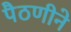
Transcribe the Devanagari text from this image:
पैठणीने